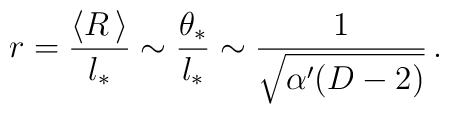
r = \frac{\langle R \,  \rangle}{l_*} \sim \frac{\theta_*}{l_*} \sim\frac{1}{\sqrt{\alpha' (D-2)}} \, .